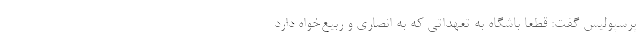
پرسپولیس گفت: قطعاً باشگاه به تعهداتی که به انصاری و ربیع‌خواه دارد